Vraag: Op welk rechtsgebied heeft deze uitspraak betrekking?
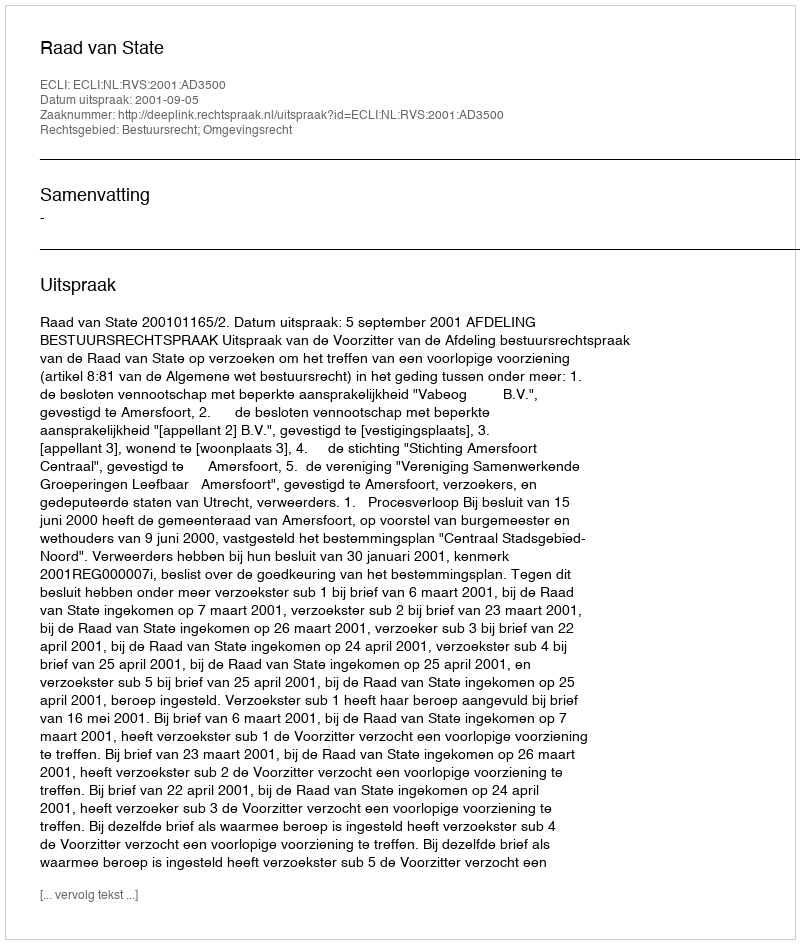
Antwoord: Bestuursrecht; Omgevingsrecht